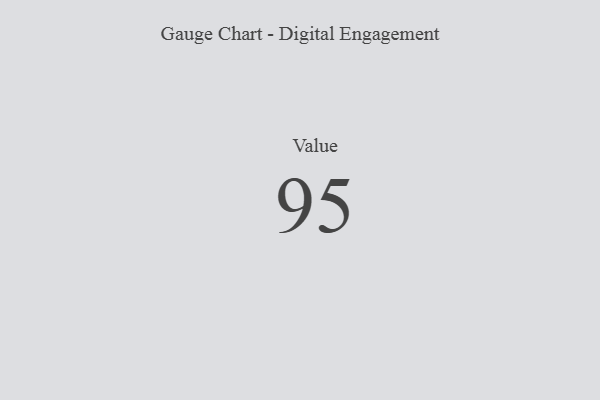
{"axis": {"x": "Metric", "y": "Value"}, "legend": [""], "data": [{"x": "Value", "y": 95, "type": ""}]}